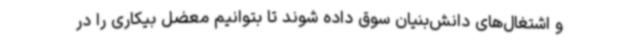
و اشتغال‌های دانش‌بنیان سوق داده شوند تا بتوانیم معضل بیکاری را در